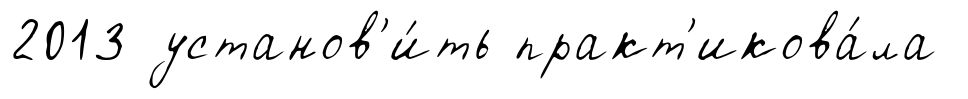
2013 установ'и́ть практ'икова́ла